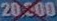
20.000